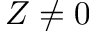
Z \neq 0